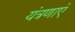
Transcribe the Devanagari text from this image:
यंत्रणाएं